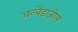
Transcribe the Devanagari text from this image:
अल्बेंडाज़ोल